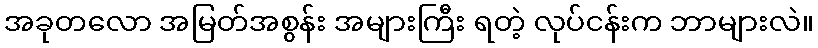
အခုတလော အမြတ်အစွန်း အများကြီး ရတဲ့ လုပ်ငန်းက ဘာများလဲ။